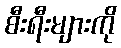
စီးရီးများကို